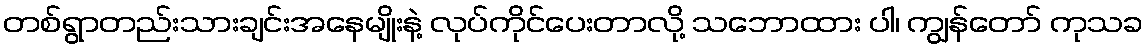
တစ်ရွာတည်းသားချင်းအနေမျိုးနဲ့ လုပ်ကိုင်ပေးတာလို့ သဘောထား ပါ၊ ကျွန်တော် ကုသခ